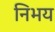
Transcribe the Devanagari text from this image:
निभय